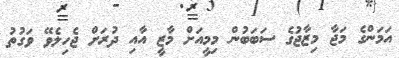
އަމަންގެ މަޖާ މިޒާޖުގެ ސަބަބުން މިމީއަށް މާޒީ އާއި ދުރަށް ޖެހިލެވޭ ވަގުތު